Civil Veterinary Dept. Assam report 1927-50 - 1927-1950
Year: 1927
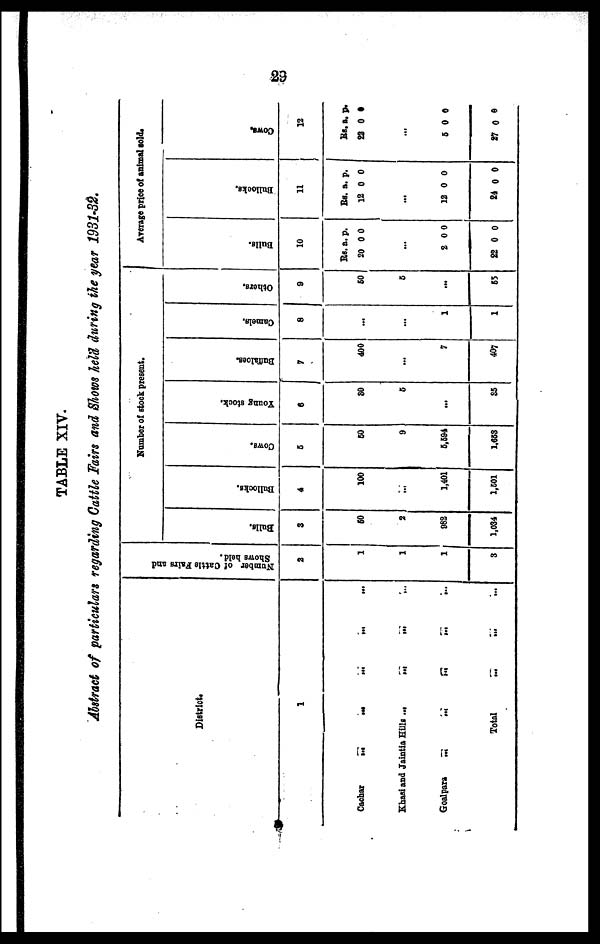
23
TABLE XIV.
Abstract of particulars regarding Cattle Fairs and Shows held during the year 1931-32.
District.
1
Cachar ... ... ... ... ...
Khasi and Jaintia Hills ...
...
...
...
Goalpara
...
...
...
...
...
Total ... ... ...
Number of Cattle Fairs and
Shows held.
2
1
1
1
3
Number of stock present.
Bolls.
3
50
2
982
1,034
Bullocks.
4
100
...
1,401
1,501
Cows.
5
50
9
5,694
1.653
Young stock.
6
20
6
...
35
Buffaloes.
7
400
…
7
407
Camels
8
...
…
1
1
Others.
9
60
6
...
65
Average price of animal sold.
Dulls.
10
Rs. a. p.
20 0 0
…
2 0 0
22 0 0
Bullocks.
11
Rs. a. p.
12 0 0
...
12 0 0
24 0 0
Cows,
Rs. a. p.
23 0 0
...
5 0 0
27 0 0